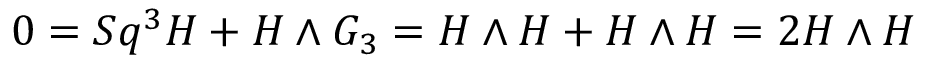
0 = S q ^ { 3 } H + H \wedge G _ { 3 } = H \wedge H + H \wedge H = 2 H \wedge H